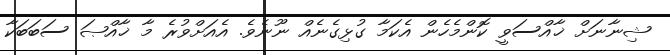
ޝިނާނަށް ޚާއްސަވީ ކޮންމެހެން އެކަމާ ގުޅިގެނެއް ނޫނެވެ. އެއަށްވުރެ މާ ޚާއްޞަ ސަބަބަކާ